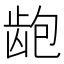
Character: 龅